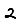
Digit: 2